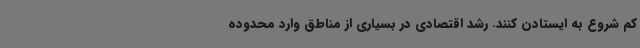
کم شروع به ایستادن کنند. رشد اقتصادی در بسیاری از مناطق وارد محدوده